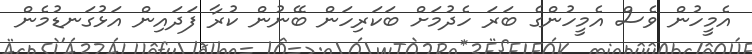
އެމީހުން ވެސް އެމީހުންގެ ބަރަ ހެދުމަށް ބަކަރިހަން ބޭނުން ކުރާ ފަދައިން އަޅުގަނޑުމެން